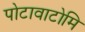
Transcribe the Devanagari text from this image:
पोटावाटोमि